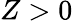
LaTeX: Z>0